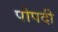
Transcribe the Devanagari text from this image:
पोपदी